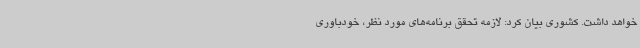
خواهد داشت. کشوری بیان کرد: لازمه تحقق برنامه‌های مورد نظر، خودباوری